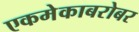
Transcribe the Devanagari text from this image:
एकमेकाबरोबर